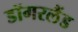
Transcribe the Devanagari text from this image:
डॉगरलैंड